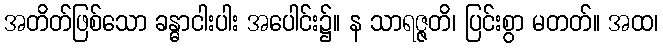
အတိတ်ဖြစ်သော ခန္ဓာငါးပါး အပေါင်း၌။ န သာရဇ္ဇတိ၊ ပြင်းစွာ မတတ်။ အထ၊